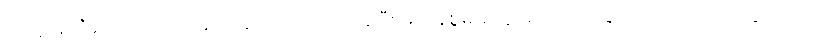
အကူအညီပေးရေးလုပ်ငန်းတွေ လုပ်ဆောင်နေပြီး မသန်စွမ်းတွေအတွက် ခြေတု၊ လက်တု တပ်ဆင်ပေးတဲ့